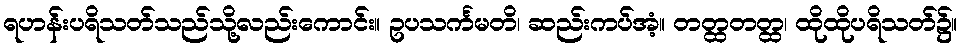
ရဟန်းပရိသတ်သည်သို့လည်းကောင်း။ ဥပသင်္ကမတိ၊ ဆည်းကပ်အံ့။ တတ္ထတတ္ထ၊ ထိုထိုပရိသတ်၌။